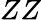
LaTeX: ZZ